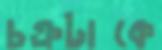
চক্রটাকে